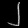
Digit: ၂